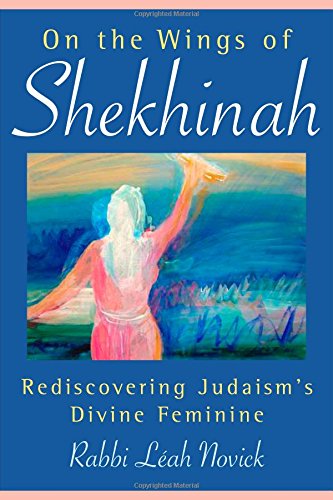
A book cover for On the Wings of Shekhinah: Rediscovering Judaism's Divine Feminine; Rabbi Leah Novick; Religion & Spirituality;